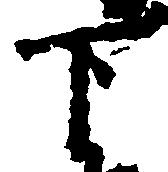
下